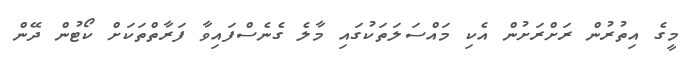
މީގެ އިތުރުން ރަށްރަށުން އެކި މައްސަލަތަކުގައި މާލެ ގެނެސްފައިވާ ފަރާތްތަކަށް ކޯޓުން ދޭން